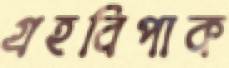
গ্রহবিপাক